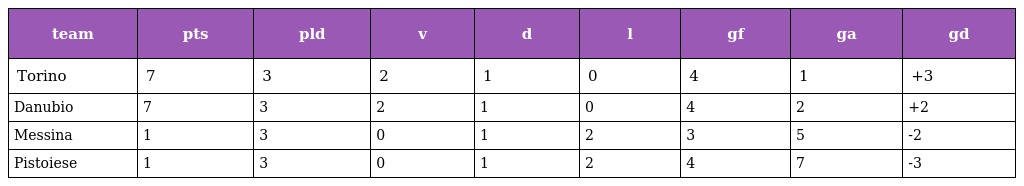
| team | pts | pld | v | d | l | gf | ga | gd |
 | --- | --- | --- | --- | --- | --- | --- | --- | --- |
 | Torino | 7 | 3 | 2 | 1 | 0 | 4 | 1 | +3 |
 | Danubio | 7 | 3 | 2 | 1 | 0 | 4 | 2 | +2 |
 | Messina | 1 | 3 | 0 | 1 | 2 | 3 | 5 | -2 |
 | Pistoiese | 1 | 3 | 0 | 1 | 2 | 4 | 7 | -3 |